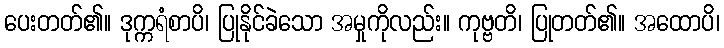
ပေးတတ်၏။ ဒုက္ကရံစာပိ၊ ပြုနိုင်ခဲသော အမှုကိုလည်း။ ကုဗ္ဗတိ၊ ပြုတတ်၏။ အထောပိ၊